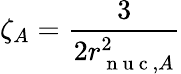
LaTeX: \zeta_{A}=\frac{3}{2r_{\mathrm{~n~u~c~},A}^{2}}